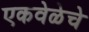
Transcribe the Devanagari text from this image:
एकवेळेचे